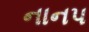
નાનપ